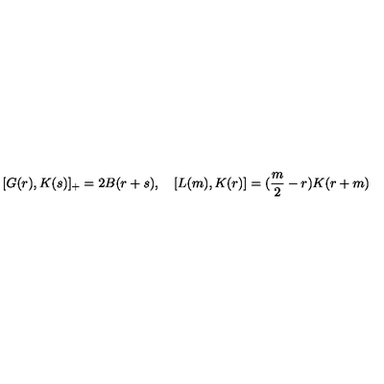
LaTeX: [ G ( r ) , K ( s ) ] _ { + } = 2 B ( r + s ) , \quad [ L ( m ) , K ( r ) ] = ( \frac { m } { 2 } - r ) K ( r + m )